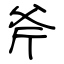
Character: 斧